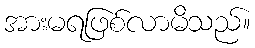
အားမရဖြစ်လာမိသည်။